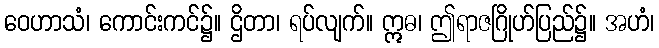
ဝေဟာသံ၊ ကောင်းကင်၌။ ဌိတာ၊ ရပ်လျက်။ ဣဓ၊ ဤရာဇဂြိုဟ်ပြည်၌။ အဟံ၊